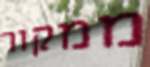
ממקור